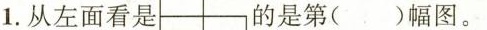
1.从左面看是 的是第()幅图。